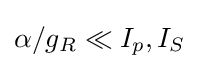
\alpha /g_{R}\ll I_{p},I_{S}